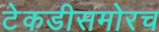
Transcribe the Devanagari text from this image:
टेकडीसमोरच